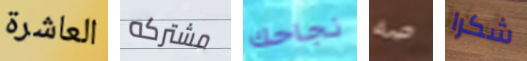
العاشرة مشتركه نجاحك صه شكرا